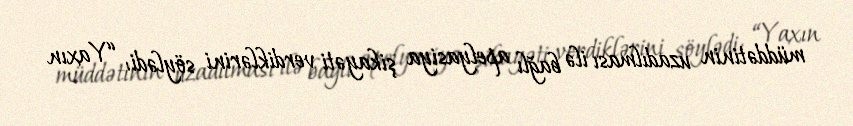
müddətinin uzadılması ilə bağlı apelyasiya şikayəti verdiklərini söylədi: “Yaxın